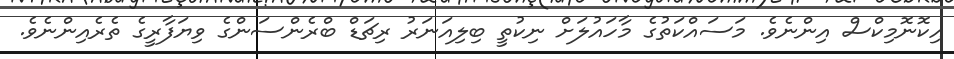
އިކޮނޮމިކްސް އިންނެވެ. މަސައްކަތުގެ މާހައުލަށް ނިކުތީ ބިލިއަނަރު ރިޗަޑް ބްރެންސަންގެ ވިޔަފާރީގެ ތެރެއިންނެވެ.